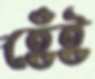
হেঁই